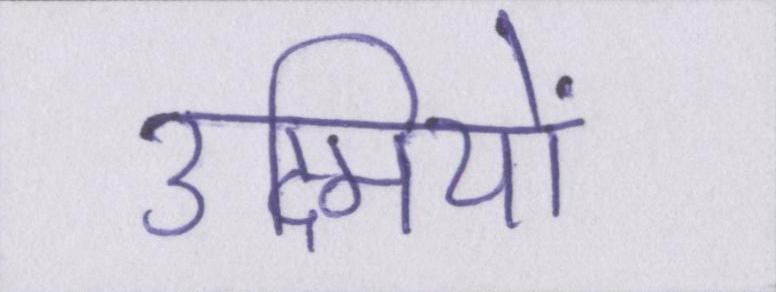
उद्मियों